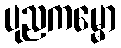
ပုညကမ္မော